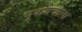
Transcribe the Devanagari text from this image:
भूकवचाला